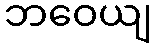
ဘဝေယျ